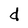
Character: d